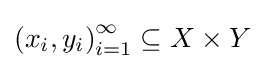
\left(x_{i},y_{i}\right)_{i=1}^{\infty }\subseteq X\times Y